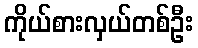
ကိုယ်စားလှယ်တစ်ဦး